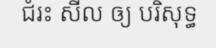
ជំរះ សីល ឲ្យ បរិសុទ្ធ